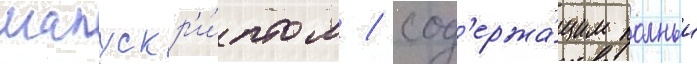
манускр'и́птом / сод'ержа́щим полныи